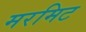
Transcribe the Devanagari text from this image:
मरमिट